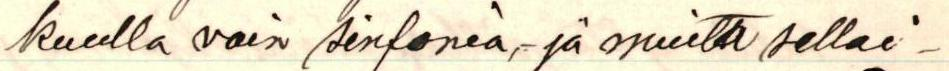
kuulla vain sinfonia- ja muita sellai-